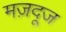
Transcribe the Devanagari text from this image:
मज़दूज